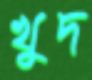
খুদ